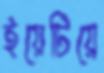
ইয়েটিয়ে